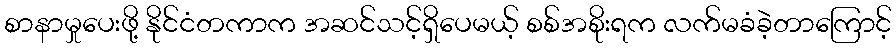
စာနာမှုပေးဖို့ နိုင်ငံတကာက အဆင်သင့်ရှိပေမယ့် စစ်အစိုးရက လက်မခံခဲ့တာကြောင့်